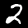
Label: 2